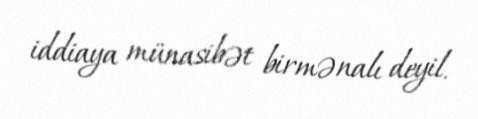
iddiaya münasibət birmənalı deyil.